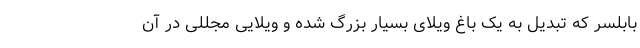
بابلسر که تبدیل به یک باغ ویلای بسیار بزرگ شده و ویلایی مجللی در آن